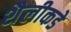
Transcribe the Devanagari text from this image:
शैलीकडे